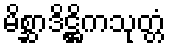
မိစ္ဆာဒိဋ္ဌိကသုတ္တံ